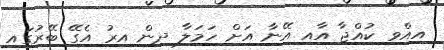
އިއްވި ކުއްޖާ އާއި އޭނާ އަށް ހަމަލާ ދިން އިރު އެގޭ ބޭރުގައި